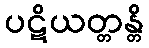
ပဋိယတ္တန္တိ